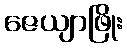
ဇေယျာဖြိုး